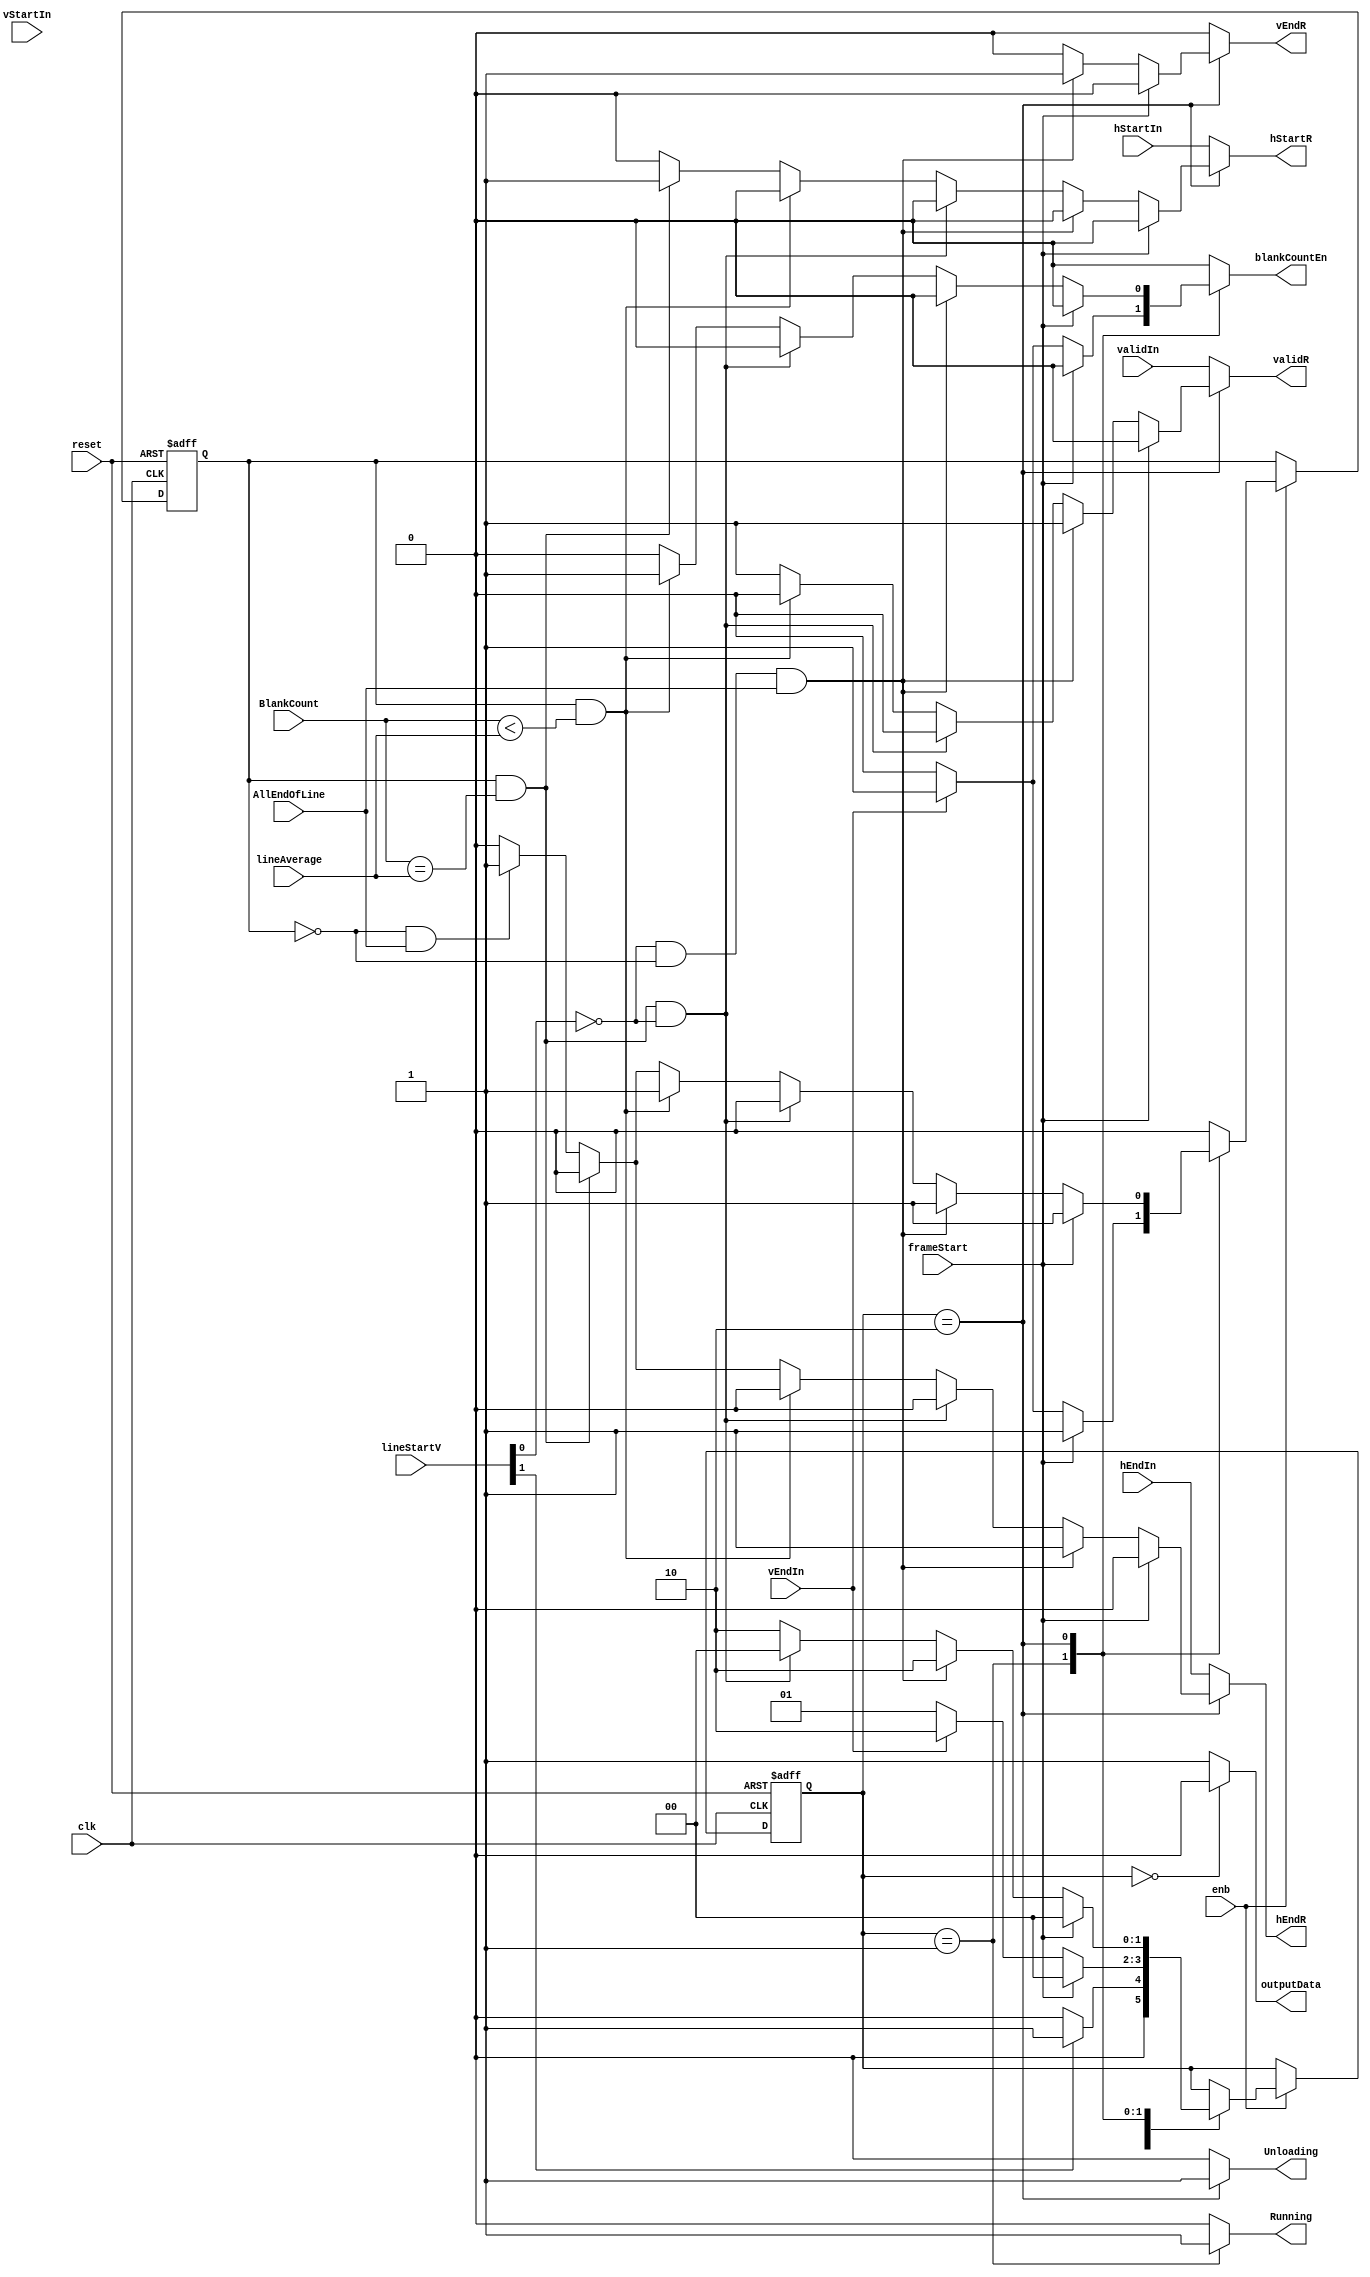
// -------------------------------------------------------------
// 
// 
// Generated by MATLAB 9.13 and HDL Coder 4.0
// 
// -------------------------------------------------------------


// -------------------------------------------------------------
// 
// Module: DataReadController
// Source Path: BlobAnalysisHDL/BlobDetector/CCA_Algorithm/Closing/LineBuffer/DataReadController
// Hierarchy Level: 4
// 
// -------------------------------------------------------------

`timescale 1 ns / 1 ns

module DataReadController
          (clk,
           reset,
           enb,
           hStartIn,
           hEndIn,
           vStartIn,
           vEndIn,
           validIn,
           lineStartV,
           lineAverage,
           AllEndOfLine,
           BlankCount,
           frameStart,
           hStartR,
           hEndR,
           vEndR,
           validR,
           outputData,
           Unloading,
           blankCountEn,
           Running);


  input   clk;
  input   reset;
  input   enb;
  input   hStartIn;
  input   hEndIn;
  input   vStartIn;
  input   vEndIn;
  input   validIn;
  input   [1:0] lineStartV;  // ufix2
  input   [15:0] lineAverage;  // ufix16
  input   AllEndOfLine;
  input   [15:0] BlankCount;  // ufix16
  input   frameStart;
  output  hStartR;
  output  hEndR;
  output  vEndR;
  output  validR;
  output  outputData;
  output  Unloading;
  output  blankCountEn;
  output  Running;


  reg [1:0] DataReadController_FSMState;  // ufix2
  reg  DataReadController_InBetween;
  reg [1:0] DataReadController_FSMState_next;  // ufix2
  reg  DataReadController_InBetween_next;
  reg  hStartR_1;
  reg  hEndR_1;
  reg  vStartR;
  reg  vEndR_1;
  reg  validR_1;
  reg  outputData_1;
  reg  Unloading_1;
  reg  blankCountEn_1;
  reg  Running_1;


  // Data Read Controller
  always @(posedge clk or posedge reset)
    begin : DataReadController_1_process
      if (reset == 1'b1) begin
        DataReadController_FSMState <= 2'b00;
        DataReadController_InBetween <= 1'b0;
      end
      else begin
        if (enb) begin
          DataReadController_FSMState <= DataReadController_FSMState_next;
          DataReadController_InBetween <= DataReadController_InBetween_next;
        end
      end
    end

  always @(AllEndOfLine, BlankCount, DataReadController_FSMState,
       DataReadController_InBetween, frameStart, hEndIn, hStartIn, lineAverage,
       lineStartV, vEndIn, vStartIn, validIn) begin
    DataReadController_FSMState_next = DataReadController_FSMState;
    DataReadController_InBetween_next = DataReadController_InBetween;
    case ( DataReadController_FSMState)
      2'b00 :
        begin
          outputData_1 = 1'b0;
          hStartR_1 = hStartIn;
          hEndR_1 = hEndIn;
          vStartR = vStartIn;
          vEndR_1 = 1'b0;
          validR_1 = validIn;
          Unloading_1 = 1'b0;
          DataReadController_InBetween_next = 1'b0;
          blankCountEn_1 = 1'b0;
          Running_1 = 1'b0;
          if (lineStartV[1] != 1'b0) begin
            DataReadController_FSMState_next = 2'b01;
          end
          else begin
            DataReadController_FSMState_next = 2'b00;
          end
        end
      2'b01 :
        begin
          outputData_1 = 1'b1;
          Unloading_1 = 1'b0;
          Running_1 = 1'b1;
          hStartR_1 = hStartIn;
          hEndR_1 = hEndIn;
          vStartR = vStartIn;
          vEndR_1 = 1'b0;
          validR_1 = validIn;
          if (frameStart != 1'b0) begin
            DataReadController_FSMState_next = 2'b00;
            DataReadController_InBetween_next = 1'b1;
            blankCountEn_1 = 1'b0;
          end
          else if (vEndIn != 1'b0) begin
            DataReadController_FSMState_next = 2'b10;
            DataReadController_InBetween_next = 1'b1;
            blankCountEn_1 = 1'b1;
          end
          else begin
            DataReadController_FSMState_next = 2'b01;
            blankCountEn_1 = 1'b0;
            DataReadController_InBetween_next = 1'b0;
          end
        end
      2'b10 :
        begin
          outputData_1 = 1'b1;
          Unloading_1 = 1'b1;
          Running_1 = 1'b0;
          if (frameStart != 1'b0) begin
            DataReadController_FSMState_next = 2'b00;
            hStartR_1 = 1'b0;
            hEndR_1 = 1'b0;
            vStartR = 1'b0;
            vEndR_1 = 1'b0;
            validR_1 = 1'b0;
            blankCountEn_1 = 1'b0;
            DataReadController_InBetween_next = 1'b1;
          end
          else if ((( ~ lineStartV[0]) && ( ! DataReadController_InBetween)) && AllEndOfLine) begin
            DataReadController_FSMState_next = 2'b10;
            hStartR_1 = 1'b0;
            hEndR_1 = 1'b1;
            vStartR = 1'b0;
            vEndR_1 = 1'b1;
            validR_1 = 1'b1;
            blankCountEn_1 = 1'b0;
            DataReadController_InBetween_next = 1'b1;
          end
          else if ((DataReadController_InBetween && (BlankCount == lineAverage)) && ( ~ lineStartV[0])) begin
            DataReadController_FSMState_next = 2'b00;
            hStartR_1 = 1'b0;
            hEndR_1 = 1'b0;
            vStartR = 1'b0;
            vEndR_1 = 1'b0;
            validR_1 = 1'b0;
            blankCountEn_1 = 1'b0;
            DataReadController_InBetween_next = 1'b0;
          end
          else if (DataReadController_InBetween && (BlankCount < lineAverage)) begin
            DataReadController_FSMState_next = 2'b10;
            hStartR_1 = 1'b0;
            hEndR_1 = 1'b0;
            vStartR = 1'b0;
            vEndR_1 = 1'b0;
            validR_1 = 1'b0;
            blankCountEn_1 = 1'b1;
            DataReadController_InBetween_next = 1'b1;
          end
          else if (DataReadController_InBetween && (BlankCount == lineAverage)) begin
            DataReadController_FSMState_next = 2'b10;
            hStartR_1 = 1'b1;
            hEndR_1 = 1'b0;
            vStartR = 1'b0;
            vEndR_1 = 1'b0;
            validR_1 = 1'b1;
            blankCountEn_1 = 1'b0;
            DataReadController_InBetween_next = 1'b0;
          end
          else if (( ! DataReadController_InBetween) && AllEndOfLine) begin
            DataReadController_FSMState_next = 2'b10;
            hStartR_1 = 1'b0;
            hEndR_1 = 1'b1;
            vStartR = 1'b0;
            vEndR_1 = 1'b0;
            validR_1 = 1'b1;
            blankCountEn_1 = 1'b0;
            DataReadController_InBetween_next = 1'b1;
          end
          else if ( ! DataReadController_InBetween) begin
            DataReadController_FSMState_next = 2'b10;
            hStartR_1 = 1'b0;
            hEndR_1 = 1'b0;
            vStartR = 1'b0;
            vEndR_1 = 1'b0;
            validR_1 = 1'b1;
            blankCountEn_1 = 1'b0;
            DataReadController_InBetween_next = 1'b0;
          end
          else begin
            DataReadController_FSMState_next = 2'b10;
            hStartR_1 = 1'b0;
            hEndR_1 = 1'b0;
            vStartR = 1'b0;
            vEndR_1 = 1'b0;
            validR_1 = 1'b1;
            blankCountEn_1 = 1'b0;
            DataReadController_InBetween_next = 1'b0;
          end
        end
      default :
        begin
          hStartR_1 = hStartIn;
          hEndR_1 = hEndIn;
          vStartR = vStartIn;
          vEndR_1 = 1'b0;
          validR_1 = validIn;
          outputData_1 = 1'b1;
          Unloading_1 = 1'b0;
          blankCountEn_1 = 1'b0;
          DataReadController_InBetween_next = 1'b0;
          Running_1 = 1'b0;
        end
    endcase
  end



  assign hStartR = hStartR_1;

  assign hEndR = hEndR_1;

  assign vEndR = vEndR_1;

  assign validR = validR_1;

  assign outputData = outputData_1;

  assign Unloading = Unloading_1;

  assign blankCountEn = blankCountEn_1;

  assign Running = Running_1;

endmodule  // DataReadController